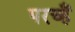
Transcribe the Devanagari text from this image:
परच्हैं